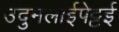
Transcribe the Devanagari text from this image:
उदुमलाईपेट्टई